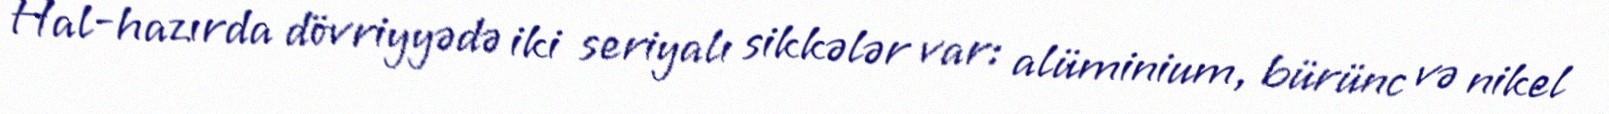
Hal-hazırda dövriyyədə iki seriyalı sikkələr var: alüminium, bürünc və nikel